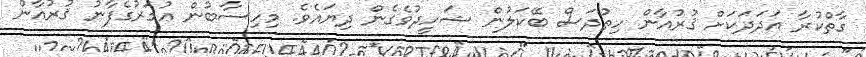
ގާތްކުރާ އަދަދަކަށް ޤުރުއާން ހިތުދަސް ބޭކަލުން ޝަހީދުވެގެން ދިޔައެވެ. މިހިސާބުން ޢުމަރުގެފާނު ޤުރުއާން